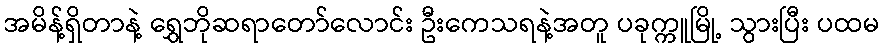
အမိန့်ရှိတာနဲ့ ရွှေဘိုဆရာတော်လောင်း ဦးကေသရနဲ့အတူ ပခုက္ကူမြို့ သွားပြီး ပထမ